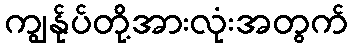
ကျွန်ုပ်တို့အားလုံးအတွက်